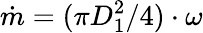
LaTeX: \dot{m}=(\pi D_{1}^{2}/4)\cdot\omega